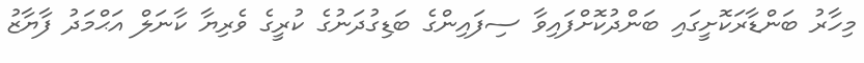
މިހާރު ބަންޑާރަކޮށީގައި ބަންދުކޮށްފައިވާ ސިފައިންގެ ބަޑިގުދަނުގެ ކުރީގެ ވެރިޔާ ކާނަލް އަޙްމަދު ފާޔާޒު